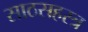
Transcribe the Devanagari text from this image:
साठसहस्त्र